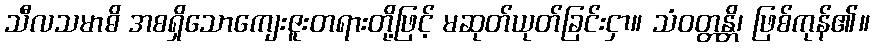
သီလသမာဓိ အစရှိသောကျေးဇူးတရားတို့ဖြင့် မဆုတ်ယုတ်ခြင်းငှာ။ သံဝတ္တန္တိ၊ ဖြစ်ကုန်၏။